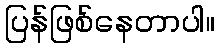
ပြန်ဖြစ်နေတာပါ။